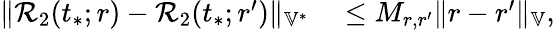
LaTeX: \begin{array}{rl}{\| \mathcal{R}_{2}(t_{*};r)-\mathcal{R}_{2}(t_{*};r^{\prime})\| _{\mathbb{V}^{*}}}&{{}\le M_{r,r^{\prime}}\| r-r^{\prime}\| _{\mathbb{V}},}\end{array}